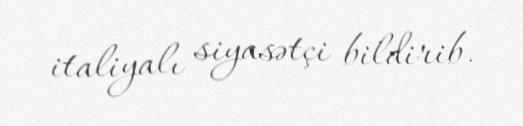
italiyalı siyasətçi bildirib.